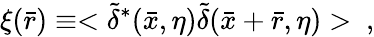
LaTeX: \xi(\bar{r})\equiv<\tilde{\delta}^{*}(\bar{x},\eta)\tilde{\delta}(\bar{x}+\bar{r},\eta)>~,